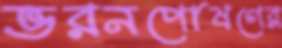
ভরনপোষণের